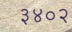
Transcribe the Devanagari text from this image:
३४०२